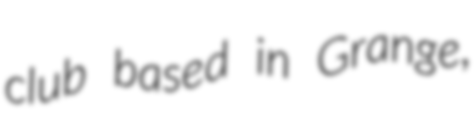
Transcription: club based in Grange,